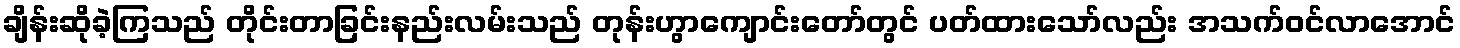
ချိန်းဆိုခဲ့ကြသည် တိုင်းတာခြင်းနည်းလမ်းသည် တုန်းဟွာကျောင်းတော်တွင် ပတ်ထားသော်လည်း အသက်ဝင်လာအောင်